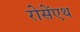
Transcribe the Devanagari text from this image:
रोसेंएथ